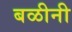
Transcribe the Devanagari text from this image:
बळीनी